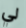
لي